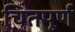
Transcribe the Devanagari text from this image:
चिंतपूर्ण